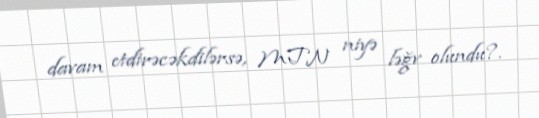
davam etdirəcəkdilərsə, MTN niyə ləğv olundu?.